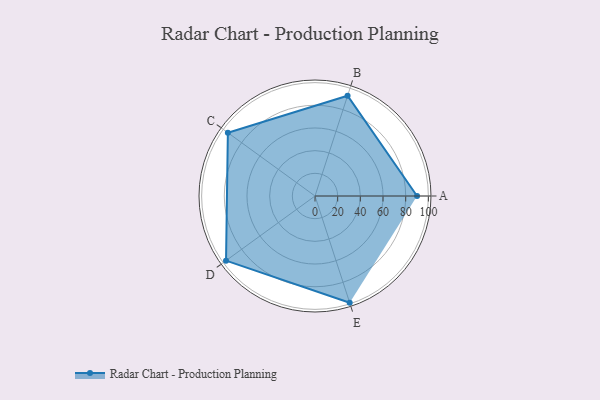
{"axis": {"x": "Skill", "y": "Score"}, "legend": ["Profile"], "data": [{"x": "A", "y": 90.0, "type": "Profile"}, {"x": "B", "y": 93.0, "type": "Profile"}, {"x": "C", "y": 95.0, "type": "Profile"}, {"x": "D", "y": 97.0, "type": "Profile"}, {"x": "E", "y": 99, "type": "Profile"}]}